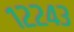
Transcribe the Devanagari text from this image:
१२२४३